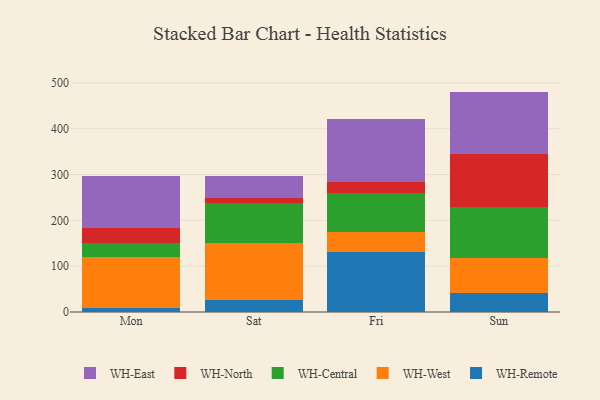
{"axis": {"x": "Day", "y": "Market Share (%)"}, "legend": ["WH-Central", "WH-East", "WH-North", "WH-Remote", "WH-West"], "data": [{"x": "Mon", "y": 9.3, "type": "WH-Remote"}, {"x": "Mon", "y": 110.0, "type": "WH-West"}, {"x": "Mon", "y": 30.6, "type": "WH-Central"}, {"x": "Mon", "y": 32.8, "type": "WH-North"}, {"x": "Mon", "y": 113.1, "type": "WH-East"}, {"x": "Sat", "y": 26.0, "type": "WH-Remote"}, {"x": "Sat", "y": 125.0, "type": "WH-West"}, {"x": "Sat", "y": 86.4, "type": "WH-Central"}, {"x": "Sat", "y": 11.0, "type": "WH-North"}, {"x": "Sat", "y": 48.5, "type": "WH-East"}, {"x": "Fri", "y": 131.4, "type": "WH-Remote"}, {"x": "Fri", "y": 42.3, "type": "WH-West"}, {"x": "Fri", "y": 86.2, "type": "WH-Central"}, {"x": "Fri", "y": 24.1, "type": "WH-North"}, {"x": "Fri", "y": 137.1, "type": "WH-East"}, {"x": "Sun", "y": 41.4, "type": "WH-Remote"}, {"x": "Sun", "y": 76.3, "type": "WH-West"}, {"x": "Sun", "y": 111.9, "type": "WH-Central"}, {"x": "Sun", "y": 114.9, "type": "WH-North"}, {"x": "Sun", "y": 136.5, "type": "WH-East"}]}